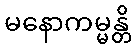
မနောကမ္မန္တိ